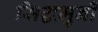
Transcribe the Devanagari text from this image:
सिद्धमुनी